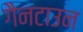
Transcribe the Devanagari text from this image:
गैनटाउन